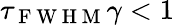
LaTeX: \tau_{\mathrm{~F~W~H~M~}}\gamma<1